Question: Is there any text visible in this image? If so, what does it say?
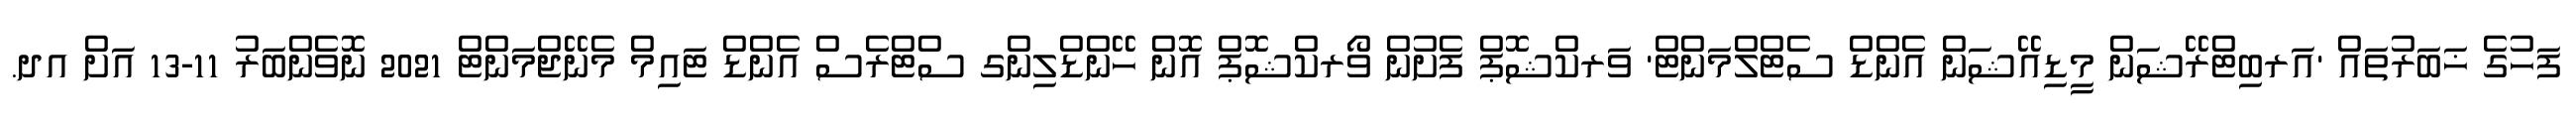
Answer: ފަހުގެ ޚަބަރުތައް 'އަރބިޓްރޭޝަން މީޑިއޭޝަން އެންޑް ސެޓްލްމަންޓް' ވަރކްޝޮޕް ފެށުން ވޯރކްޝޮޕް އޮން ހޭންޑްލިންގ ސްޓްރެސް އެންޑް ޓައިމް މެނޭޖްމަންޓް 2021 ނޮވެންބަރު 11-13 އަށް އދ.